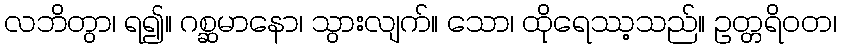
လဘိတွာ၊ ရ၍။ ဂစ္ဆမာနော၊ သွားလျက်။ သော၊ ထိုရေဿ့သည်။ ဥတ္တရိဝတ၊